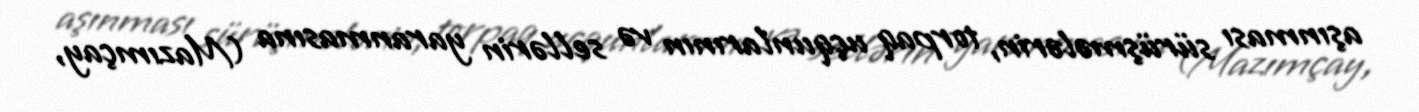
aşınması sürüşmələrin, torpaq uçqunlarının və sellərin yaranmasına (Mazımçay,